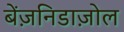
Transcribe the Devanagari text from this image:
बेंज़निडाज़ोल